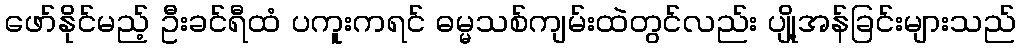
ဖော်နိုင်မည့် ဦးခင်ရီထံ ပကူးကရင် ဓမ္မသစ်ကျမ်းထဲတွင်လည်း ပျို့အန်ခြင်းများသည်